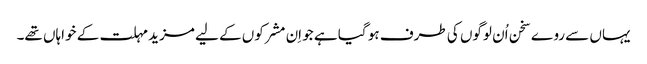
یہاں سے روے سخن اُن لوگوں کی طرف ہو گیا ہے جو اِن مشرکوں کے لیے مزید مہلت کے خواہاں تھے۔